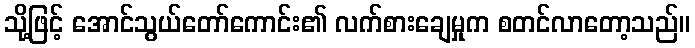
သို့ဖြင့် အောင်သွယ်တော်ကောင်း၏ လက်စားချေမှုက စတင်လာတော့သည်။